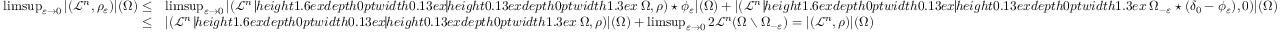
\begin{array} { r l } { \operatorname* { l i m s u p } _ { \varepsilon \to 0 } | ( \mathcal { L } ^ { n } , \rho _ { \varepsilon } ) | ( \Omega ) \leq } & { \operatorname* { l i m s u p } _ { \varepsilon \to 0 } | ( \mathcal { L } ^ { n } \mathbin { \vrule h e i g h t 1 . 6 e x d e p t h 0 p t w i d t h 0 . 1 3 e x \vrule h e i g h t 0 . 1 3 e x d e p t h 0 p t w i d t h 1 . 3 e x } \Omega , \rho ) \star \phi _ { \varepsilon } | ( \Omega ) + | ( \mathcal { L } ^ { n } \mathbin { \vrule h e i g h t 1 . 6 e x d e p t h 0 p t w i d t h 0 . 1 3 e x \vrule h e i g h t 0 . 1 3 e x d e p t h 0 p t w i d t h 1 . 3 e x } \Omega _ { - \varepsilon } \star ( \delta _ { 0 } - \phi _ { \varepsilon } ) , 0 ) | ( \Omega ) } \\ { \leq } & { | ( \mathcal { L } ^ { n } \mathbin { \vrule h e i g h t 1 . 6 e x d e p t h 0 p t w i d t h 0 . 1 3 e x \vrule h e i g h t 0 . 1 3 e x d e p t h 0 p t w i d t h 1 . 3 e x } \Omega , \rho ) | ( \Omega ) + \operatorname* { l i m s u p } _ { \varepsilon \to 0 } 2 \mathcal { L } ^ { n } ( \Omega \setminus \Omega _ { - \varepsilon } ) = | ( \mathcal { L } ^ { n } , \rho ) | ( \Omega ) } \end{array}